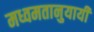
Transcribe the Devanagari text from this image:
मध्वमतानुयायी